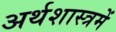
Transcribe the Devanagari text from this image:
अर्थशास्त्रमें